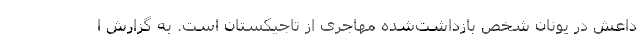
داعش در یونان شخص بازداشت‌شده مهاجری از تاجیکستان است. به گزارش ا